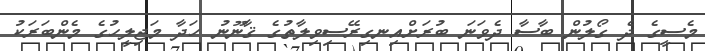
މެސީގެ ދެ ގޯލުން ބާސާ ދެވަނަ ބުރަށްއިނގިރޭސިވިލާތުގެ ޤާނޫނު ހަދާ މަޖިލީހުގެ މެންބަރަކު